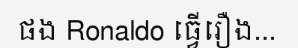
ផង Ronaldo ធ្វើរឿង...